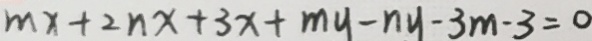
m x + 2 n x + 3 x + m y - n y - 3 m - 3 = 0